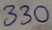
Text: 330